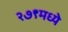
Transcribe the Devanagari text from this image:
२७९मध्ये